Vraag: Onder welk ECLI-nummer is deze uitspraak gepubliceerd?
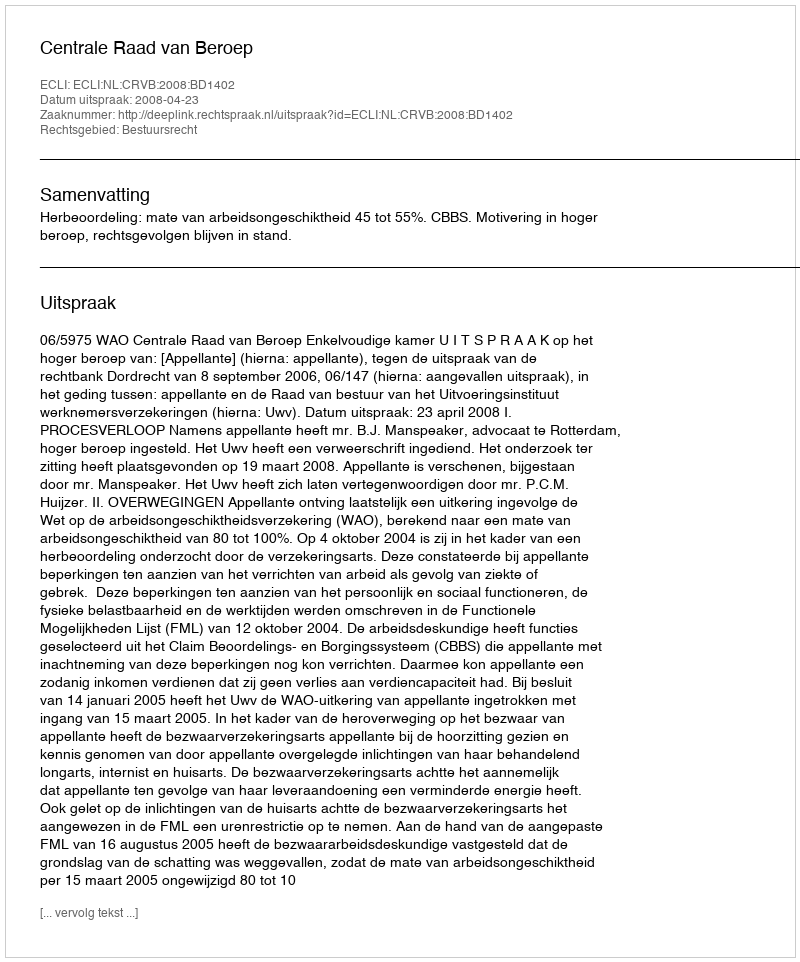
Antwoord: ECLI:NL:CRVB:2008:BD1402